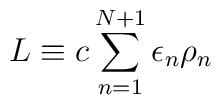
\!\!\!\!\!L\equiv c \sum_{n=1}^{N+1} \epsilon _n \rho _n